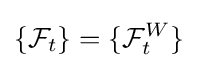
\{{\mathcal {F}}_{t}\}=\{{\mathcal {F}}_{t}^{W}\}